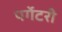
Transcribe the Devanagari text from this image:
पर्गेटरी